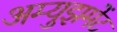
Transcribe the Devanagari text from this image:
अम्युझमेंट